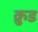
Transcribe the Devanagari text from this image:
क्रुड